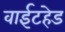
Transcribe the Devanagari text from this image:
वाईटहेड